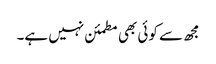
مجھ سے کوئی بھی مطمئن نہیں ہے۔